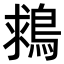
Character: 𪁖